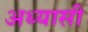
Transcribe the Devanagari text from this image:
अध्यासी